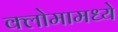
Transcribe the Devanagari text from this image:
क्लोमामध्ये